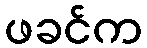
ဖခင်က